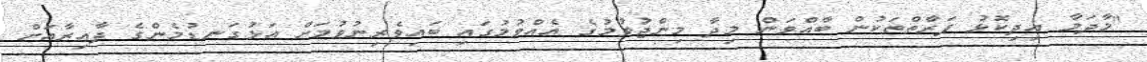
"މާދަމާ އިދިކޮޅު ފަރާތްތަކުން ބާއްވަން މިދާ މިންޖުވުމުގެ އެއްވުމުގައި ބައިވެރިނުވުމަށް އަޅުގަނޑުމެންގެ ދާއިރާއަށް